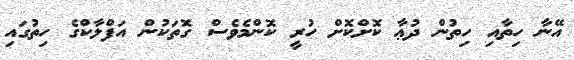
އޭނާ ހިތާއި ހިތުން ދުޢާ ކޮށްކޮށް ހުރީ ކޮންމެވެސް ގޮތަކުން އަފްލާކްގެ ހިތުގައި